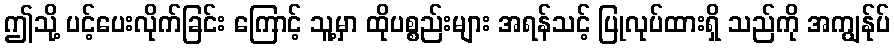
ဤသို့ ပင့်ပေးလိုက်ခြင်း ကြောင့် သူ့မှာ ထိုပစ္စည်းများ အရန်သင့် ပြုလုပ်ထားရှိ သည်ကို အကျွန်ုပ်